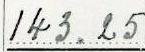
143.25